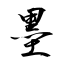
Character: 墨